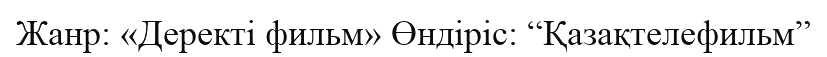
Жанр: «Деректі фильм» Өндіріс: “Қазақтелефильм”